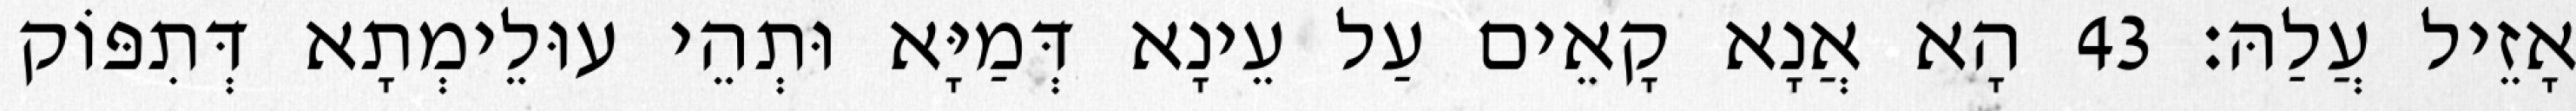
אָזֵיל עֲלַהּ׃ 43 הָא אֲנָא קָאֵים עַל עֵינָא דְּמַיָּא וּתְהֵי עוּלֵימְתָא דְּתִפּוֹק